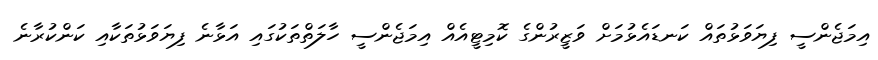
އިމަޖެންސީ ފިޔަވަޅުތައް ކަނޑައެޅުމަށް ވަޒީރުންގެ ކޮމިޓީއެއް އިމަޖެންސީ ހާލަތްތަކުގައި އަޅާނެ ފިޔަވަޅުތަކާއި ކަންކުރާނެ